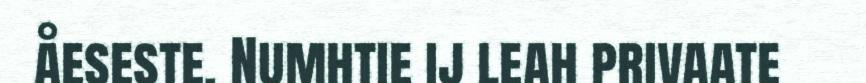
åeseste. Numhtie ij leah privaate